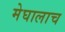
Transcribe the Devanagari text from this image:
मेघालाच